Indian journal of veterinary science and animal husbandry - Volume 8,
Year: 1938
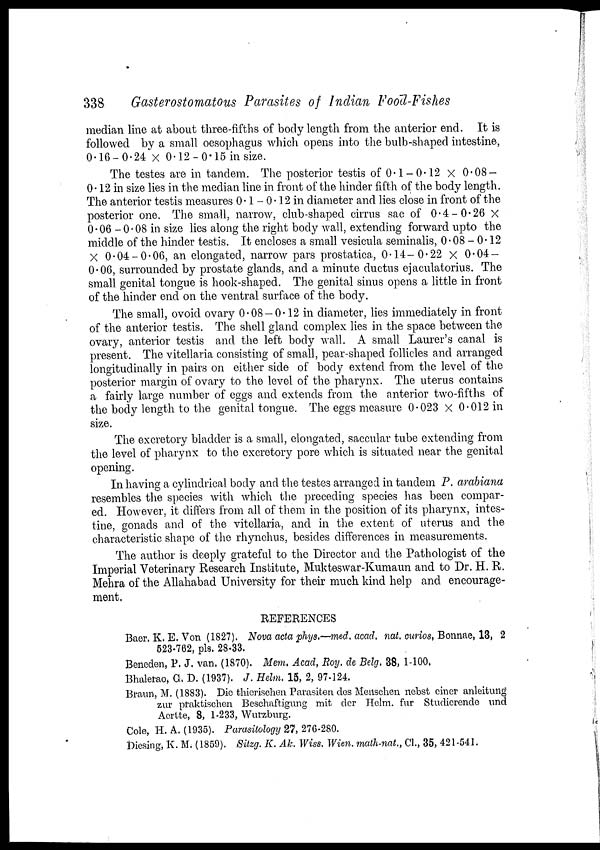
338
Gasterostomatous Parasites of Indian Food-Fishes
median line at about three-fifths of body length from the anterior end. It is
followed by a small oesophagus which opens into the bulb-shaped intestine,
0.16—0.24 × 0.12 — 0.15 in size.
The testes are in tandem. The posterior testis of 0.1—0.12 × 0.08—
0—12 in size lies in the median line in front of the hinder fifth of the body length.
The anterior testis measures 0.1 — 0.12 in diameter and lies close in front of the
posterior one. The small, narrow, club-shaped cirrus sac of 0.4—0.26 ×
0.06 — 0.08 in size lies along the right body wall, extending forward upto the
middle of the hinder testis. It encloses a small vesicula seminalis, 0.08—0.12
× 0.04—0.06, an elongated, narrow pars prostatica, 0.14—0.22 × 0.04—
0—06, surrounded by prostate glands, and a minute ductus ejaculatorius. The
small genital tongue is hook-shaped. The genital sinus opens a little in front
of the hinder end on the ventral surface of the body.
The small, ovoid ovary 0.08—0.12 in diameter, lies immediately in front
of the anterior testis. The shell gland complex lies in the space between the
ovary, anterior testis and the left body wall. A small Laurer's canal is
present. The vitellaria consisting of small, pear-shaped follicles and arranged
longitudinally in pairs on either side of body extend from the level of the
posterior margin of ovary to the level of the pharynx. The uterus contains
a fairly large number of eggs and extends from the anterior two-fifths of
the body length to the genital tongue. The eggs measure 0.023 × 0.012 in
size.
The excretory bladder is a small, elongated, saccular tube extending from
the level of pharynx to the excretory pore which is situated near the genital
opening.
In having a cylindrical body and the testes arranged in tandem P. arabiana
resembles the species with which the preceding species has been compar-
ed. However, it differs from all of them in the position of its pharynx, intes-
tine, gonads and of the vitellaria, and in the extent of uterus and the
characteristic shape of the rhynchus, besides differences in measurements.
The author is deeply grateful to the Director and the Pathologist of the
Imperial Veterinary Research Institute, Mukteswar-Kumaun and to Dr. H. R.
Mehra of the Allahabad University for their much kind help and encourage-
ment.
REFERENCES
Baer. K. E. Von (1827). Nova acta phys.—med. acad. not. curios, Bonnae, 13, 2
523-762, pls. 28-33.
Beneden, P. J. van. (1870). Mem. Acad, Roy. de Belg. 38, 1-100.
Bhalerao, G. D. (1937). J. Helm. 15, 2, 97-124.
Braun, M. (1883). Die thierischen Parasiten des Menschen nebst einer anleitung
zur praktischen Beschaftigung mit der Helm. fur Studierende and
Aertte, 8, 1-233, Wutzburg.
Cole, H. A. (1935). Parasitology 27, 276-280.
Diesing, K. M. (1859). Sitzg. K. Ak. Wiss. Wien. math-nat., Cl., 35, 421-541.